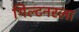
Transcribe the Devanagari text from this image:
गिल्टनरला